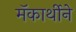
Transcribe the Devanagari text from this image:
मॅकार्थीने